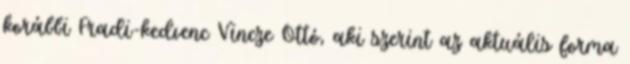
korábbi Fradi-kedvenc Vincze Ottó, aki szerint az aktuális forma